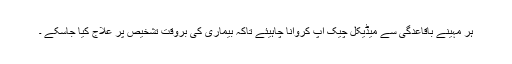
ہر مہینے باقاعدگی سے میڈیکل چیک اپ کروانا چاہیئے تاکہ بیماری کی بروقت تشخیص پر علاج کیا جاسکے ۔